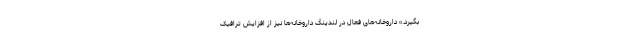
بگیرد.» داروخانه‌های فعال در لندینگ داروخانه‌ها نیز از افزایش ترافیک